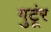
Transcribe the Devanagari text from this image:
गुटूंर